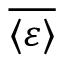
\overline { { \langle \varepsilon \rangle } }